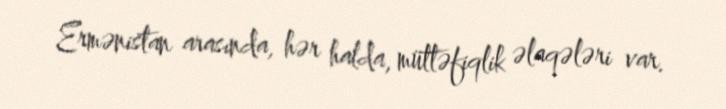
Ermənistan arasında, hər halda, müttəfiqlik əlaqələri var.